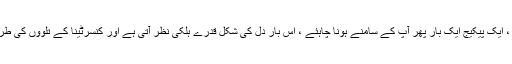
اس قدم کے بعد ، ایک پیکیج ایک بار پھر آپ کے سامنے ہونا چاہئے ، اس بار دل کی شکل قدرے ہلکی نظر آتی ہے اور کنسرٹینا کے تلووں کی طرح ہوسکتی ہے۔